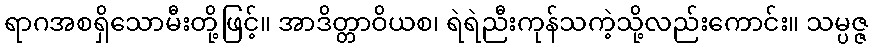
ရာဂအစရှိသောမီးတို့ဖြင့်။ အာဒိတ္တာဝိယစ၊ ရဲရဲညီးကုန်သကဲ့သို့လည်းကောင်း။ သမ္ပဇ္ဇ